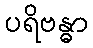
ပရိဗန္ဓာ